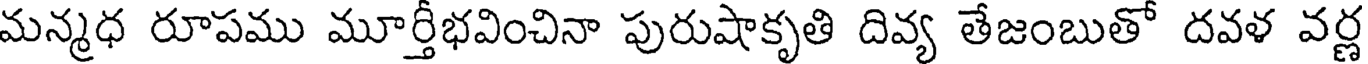
మన్మధ రూపము మూర్తీభవించినా పురుషాకృతి దివ్య తేజంబుతో దవళ వర్ణ